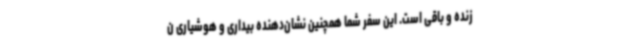
زنده و باقی است. این سفر شما همچنین نشان‌دهنده بیداری و هوشیاری ن